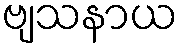
ဗျသနာယ